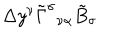
LaTeX: \Delta y ^ { \nu } \tilde { \Gamma } ^ { \sigma } { } _ { \nu \alpha } \tilde { B } _ { \sigma }